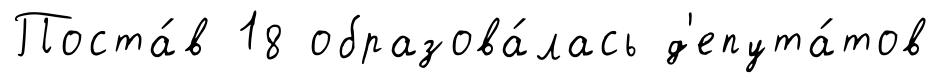
Поста́в 18 образова́лась д'епута́тов